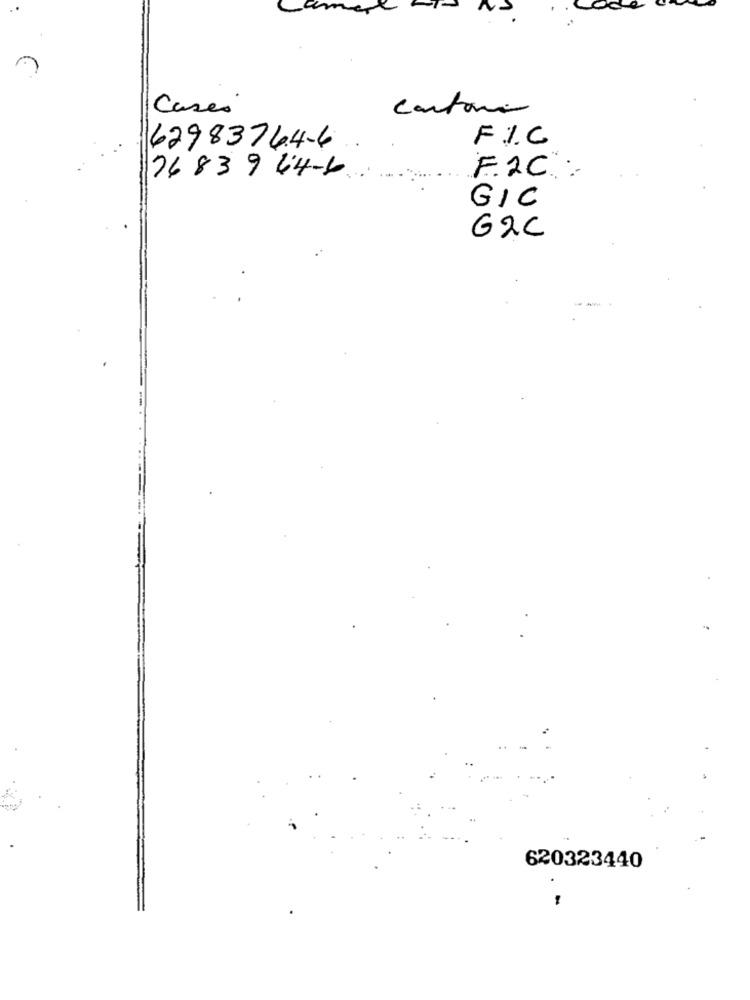
Cases
cartoni
F.I.C
62983764-6
F.2C :
76839 44-6
GIC
G2C
-
620323440